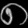
Digit: ၈